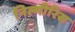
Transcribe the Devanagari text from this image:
निल्गीरिस